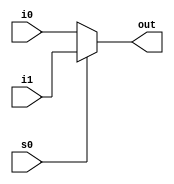
module mult2_to_1_32(out, i0,i1,s0);
output [1:0] out;
input [1:0]i0,i1;
input s0;

assign out = s0 ? i1:i0;

endmodule